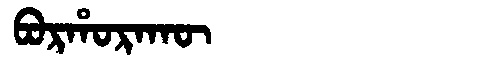
Manchu: ᠪᠣᡵᡥᠣᡵᠠᡴᡡ
Romanization: BORHORAKŪ